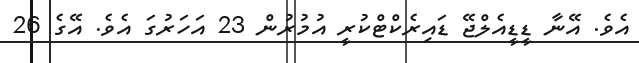
އެވެ. އޭނާ ޑީޑީއެލްޖޭ ޑައިރެކްޓްކުރީ އުމުރުން 23 އަހަރުގަ އެވެ. އޭގެ 26